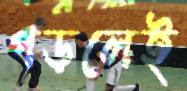
পড়লেই